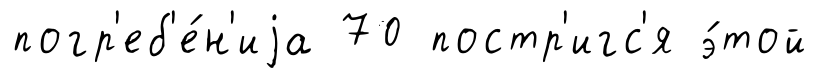
погр'еб'е́н'иjа 70 постр'игс'я э́той